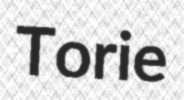
Torie